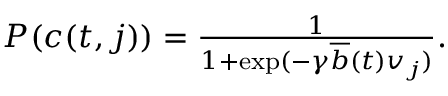
\begin{array} { r } { P ( c ( t , j ) ) = \frac { 1 } { 1 + \exp ( - \gamma \overline { { b } } ( t ) v _ { j } ) } . } \end{array}